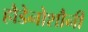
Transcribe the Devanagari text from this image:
हौडेनोशौनी